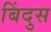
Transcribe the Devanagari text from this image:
बिंदुस